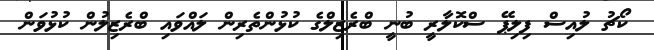
ކޯޗު ލުއިސް ފިލިޕޭ ސްކޮލާރީ ބުނީ ބްރެޒިލްގެ ކުޅުންތެރިން ލައްވައި ބްރެޒިލުން ކުޅުވަން